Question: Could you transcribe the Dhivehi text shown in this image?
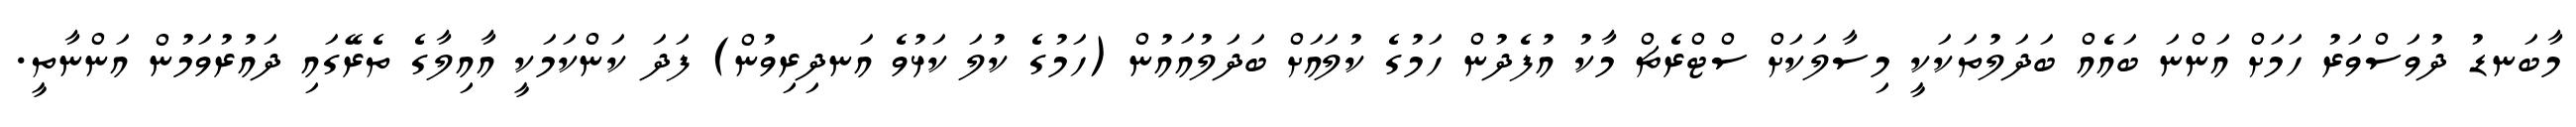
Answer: މާބަނޑު ދުވަސްވަރު ހަމަށް އަންނަ ބައެއް ބަދަލުތަކަކީ މިސާލަކަށް ސްޓްރެޗް މާކު އުފެދުން ހަމުގެ ކުލައަށް ބަދަލުއައުން (ހަމުގެ ކުލަ ކަޅުވެ އަނދިރިވުން) ފަދަ ކަންކަމަކީ އާއިލާގެ ތެރޭގައި ދައުރުވަމުން އަންނާތީ.